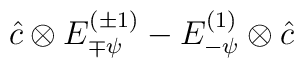
\hat c \otimes E_{\mp \psi}^{(\pm 1)}- E_{-\psi}^{(1)}\otimes \hat c